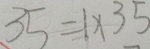
3 5 = 1 \times 3 5